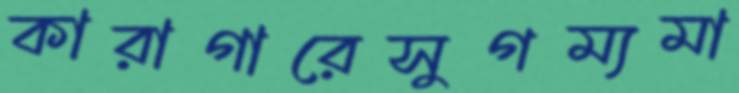
কারাগারেসুগম্যমা